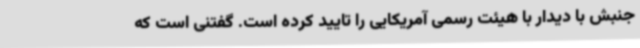
جنبش با دیدار با هیئت رسمی آمریکایی را تایید کرده است. گفتنی است که